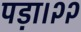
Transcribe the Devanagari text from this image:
पड़ा।२२